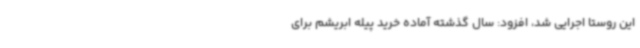
این روستا اجرایی شد، افزود: سال گذشته آماده خرید پیله ابریشم برای